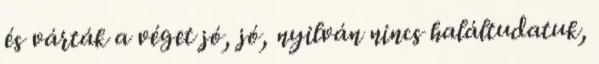
és várták a véget jó, jó, nyilván nincs haláltudatuk,